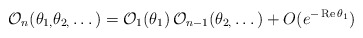
\begin{align*}\mathcal{O}_{n}(\theta _{1,}\theta _{2,}\dots )=\mathcal{O}_{1}(\theta_{1})\,\mathcal{O}_{n-1}(\theta _{2,}\dots )+O(e^{-\mathop{\rm Re}\theta_{1}})\end{align*}